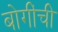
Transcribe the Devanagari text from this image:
बोगींची